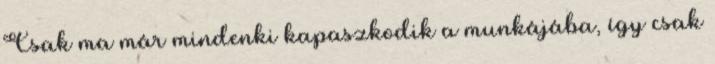
Csak ma már mindenki kapaszkodik a munkájába, így csak